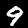
Label: 9